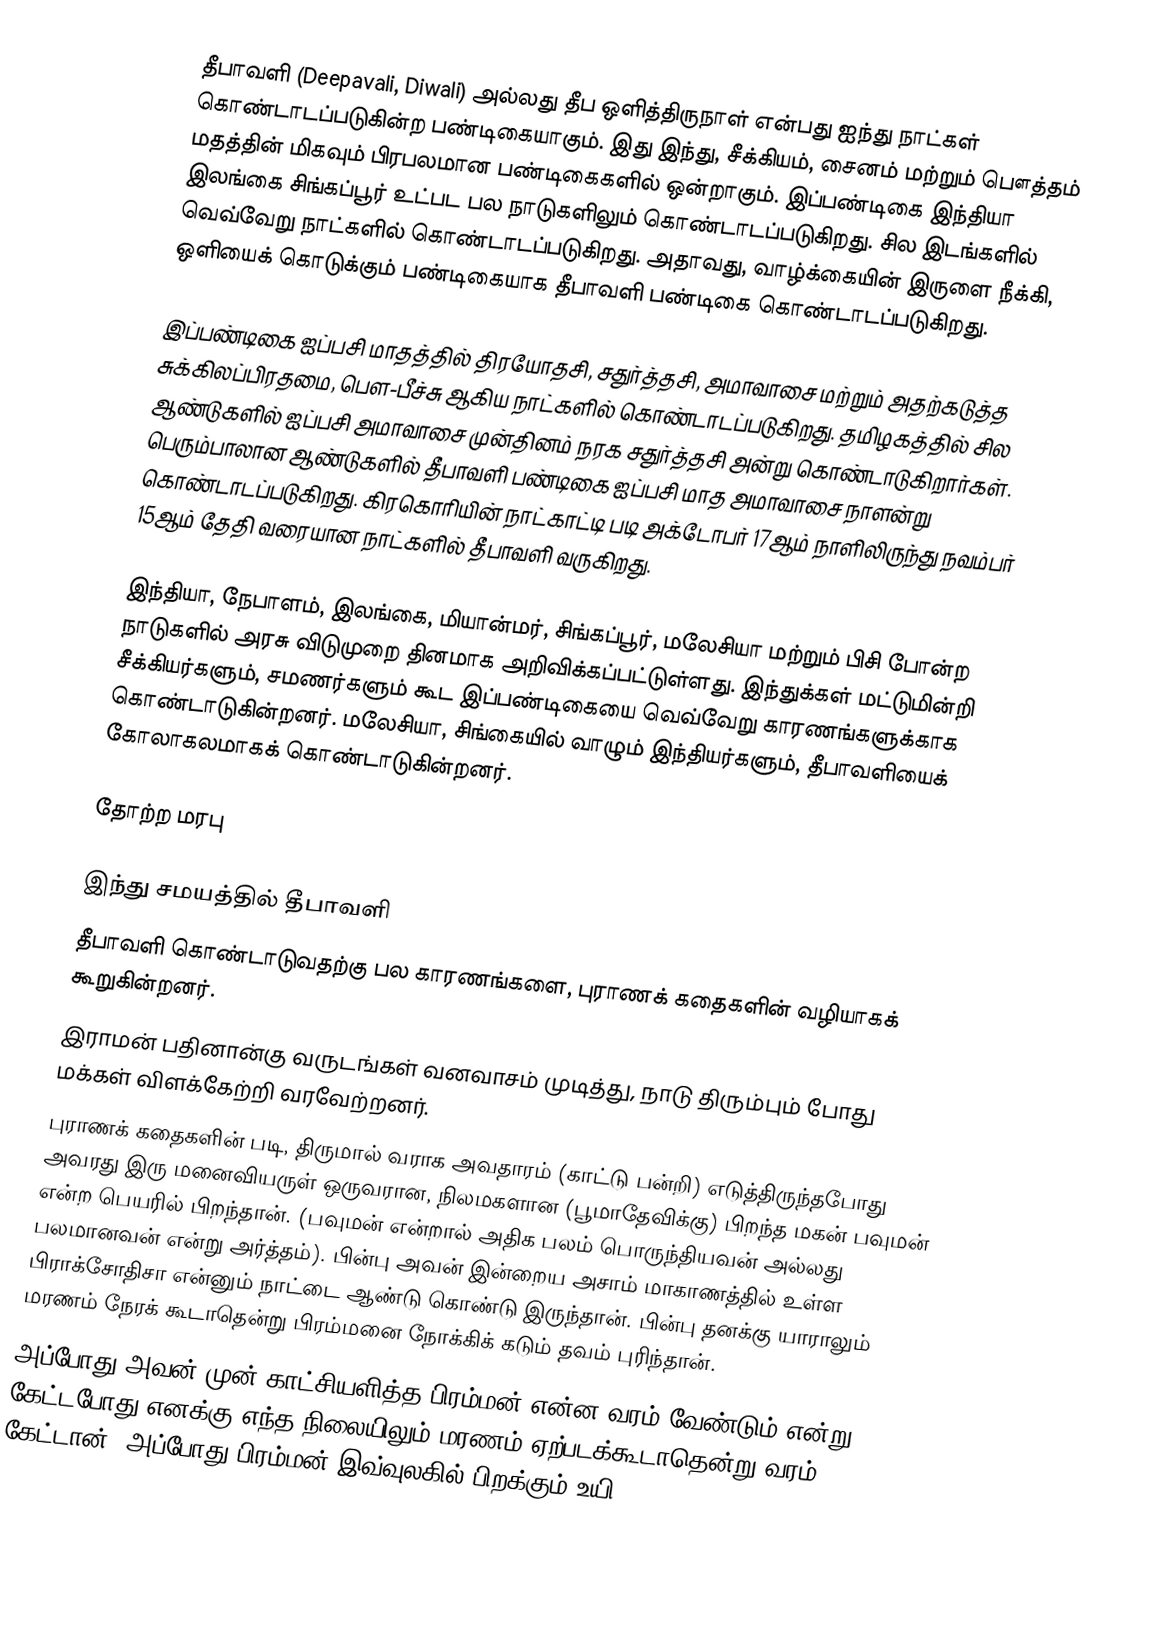
தீபாவளி (Deepavali, Diwali) அல்லது தீப ஒளித்திருநாள் என்பது ஐந்து நாட்கள் கொண்டாடப்படுகின்ற பண்டிகையாகும். இது இந்து, சீக்கியம், சைனம் மற்றும் பௌத்தம் மதத்தின் மிகவும் பிரபலமான பண்டிகைகளில் ஒன்றாகும். இப்பண்டிகை இந்தியா இலங்கை சிங்கப்பூர் உட்பட பல நாடுகளிலும் கொண்டாடப்படுகிறது. சில இடங்களில் வெவ்வேறு நாட்களில் கொண்டாடப்படுகிறது. அதாவது, வாழ்க்கையின் இருளை நீக்கி, ஒளியைக் கொடுக்கும் பண்டிகையாக தீபாவளி பண்டிகை கொண்டாடப்படுகிறது.

இப்பண்டிகை ஐப்பசி மாதத்தில் திரயோதசி, சதுர்த்தசி, அமாவாசை மற்றும் அதற்கடுத்த சுக்கிலப்பிரதமை, பௌ-பீச்சு ஆகிய நாட்களில் கொண்டாடப்படுகிறது. தமிழகத்தில் சில ஆண்டுகளில் ஐப்பசி அமாவாசை முன்தினம் நரக சதுர்த்தசி அன்று கொண்டாடுகிறார்கள். பெரும்பாலான ஆண்டுகளில் தீபாவளி பண்டிகை ஐப்பசி மாத அமாவாசை நாளன்று கொண்டாடப்படுகிறது. கிரகொரியின் நாட்காட்டி படி அக்டோபர் 17ஆம் நாளிலிருந்து நவம்பர் 15ஆம் தேதி வரையான நாட்களில் தீபாவளி வருகிறது.

இந்தியா, நேபாளம், இலங்கை, மியான்மர், சிங்கப்பூர், மலேசியா மற்றும் பிசி போன்ற நாடுகளில் அரசு விடுமுறை தினமாக அறிவிக்கப்பட்டுள்ளது. இந்துக்கள் மட்டுமின்றி சீக்கியர்களும், சமணர்களும் கூட இப்பண்டிகையை வெவ்வேறு காரணங்களுக்காக கொண்டாடுகின்றனர். மலேசியா, சிங்கையில் வாழும் இந்தியர்களும், தீபாவளியைக் கோலாகலமாகக் கொண்டாடுகின்றனர்.

தோற்ற மரபு

இந்து சமயத்தில் தீபாவளி
 தீபாவளி கொண்டாடுவதற்கு பல காரணங்களை, புராணக் கதைகளின் வழியாகக் கூறுகின்றனர்.
 இராமன் பதினான்கு வருடங்கள் வனவாசம் முடித்து, நாடு திரும்பும் போது மக்கள் விளக்கேற்றி வரவேற்றனர்.
 புராணக் கதைகளின் படி, திருமால் வராக அவதாரம் (காட்டு பன்றி) எடுத்திருந்தபோது அவரது இரு மனைவியருள் ஒருவரான, நிலமகளான (பூமாதேவிக்கு) பிறந்த மகன் பவுமன் என்ற பெயரில் பிறந்தான். (பவுமன் என்றால் அதிக பலம் பொருந்தியவன் அல்லது பலமானவன் என்று அர்த்தம்). பின்பு அவன் இன்றைய அசாம் மாகாணத்தில் உள்ள பிராக்சோதிசா என்னும் நாட்டை ஆண்டு கொண்டு இருந்தான். பின்பு தனக்கு யாராலும் மரணம் நேரக் கூடாதென்று பிரம்மனை நோக்கிக் கடும் தவம் புரிந்தான்.
அப்போது அவன் முன் காட்சியளித்த பிரம்மன் என்ன வரம் வேண்டும் என்று கேட்டபோது எனக்கு எந்த நிலையிலும் மரணம் ஏற்படக்கூடாதென்று வரம் கேட்டான், அப்போது பிரம்மன் இவ்வுலகில் பிறக்கும் உயி